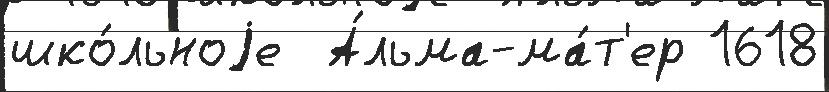
шко́льноjе  А́льма-ма́т'ер 1618